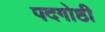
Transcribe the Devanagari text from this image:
पदगोष्ठी